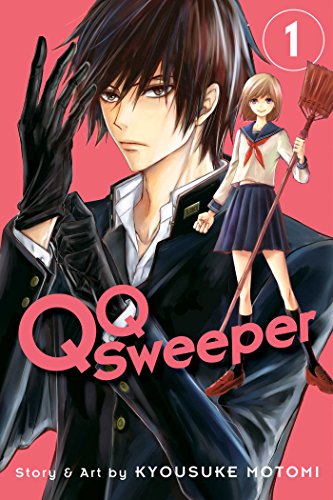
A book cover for QQ Sweeper, Vol. 1; Kyousuke Motomi; Comics & Graphic Novels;